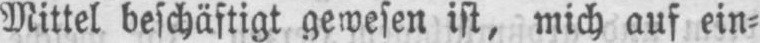
Mittel beschäftigt gewesen ist, mich auf ein⸗